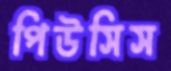
পিউসিস